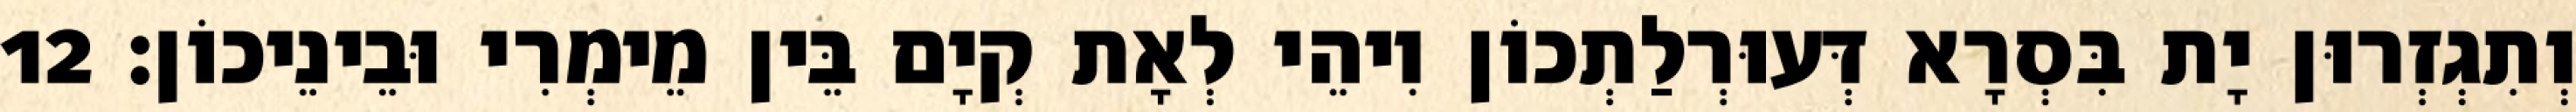
וְתִגְזְרוּן יָת בִּסְרָא דְּעוּרְלַתְכוֹן וִיהֵי לְאָת קְיָם בֵּין מֵימְרִי וּבֵינֵיכוֹן׃ 12